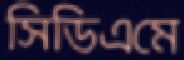
সিডিএমে